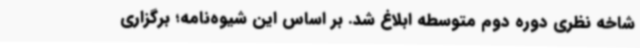
شاخه نظری دوره دوم متوسطه ابلاغ شد. بر اساس این شیوه‌نامه؛ برگزاری